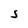
Character: S